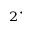
_ 2 \cdot